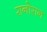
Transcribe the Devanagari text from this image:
रानोरान